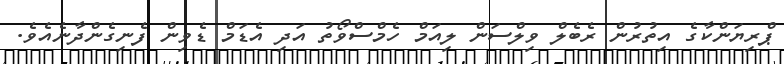
ޕްރިޔަންކާގެ އިތުރުން ރެބެލް ވިލްސަން ލިއަމް ހެމްސްވޯތު އަދި އެޑަމް ޑެވިން ފެނިގެންދާނެއެވެ.